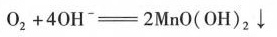
O_{2} + 4 O H^{-} = 2 M n O (OH)_{2}↓$$